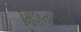
મિશનરીઓએ